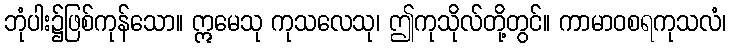
ဘုံပါး၌ဖြစ်ကုန်သော။ ဣမေသု ကုသလေသု၊ ဤကုသိုလ်တို့တွင်။ ကာမာဝစရကုသလံ၊